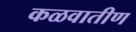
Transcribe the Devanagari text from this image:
कळवातीण